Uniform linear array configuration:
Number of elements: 48
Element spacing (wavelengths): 0.25
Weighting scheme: uniform
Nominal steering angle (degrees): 15
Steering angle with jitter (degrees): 16.118
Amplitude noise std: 0.05
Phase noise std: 0.05

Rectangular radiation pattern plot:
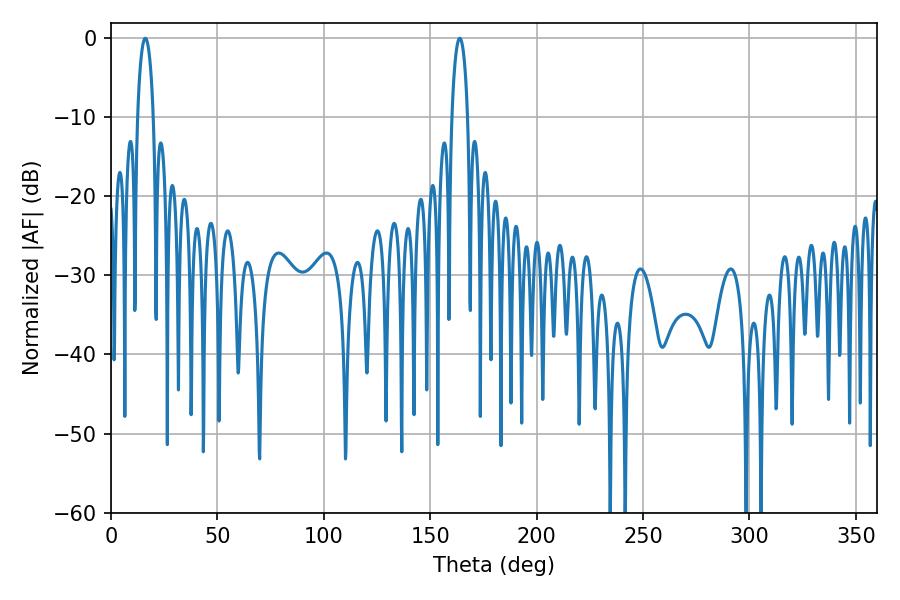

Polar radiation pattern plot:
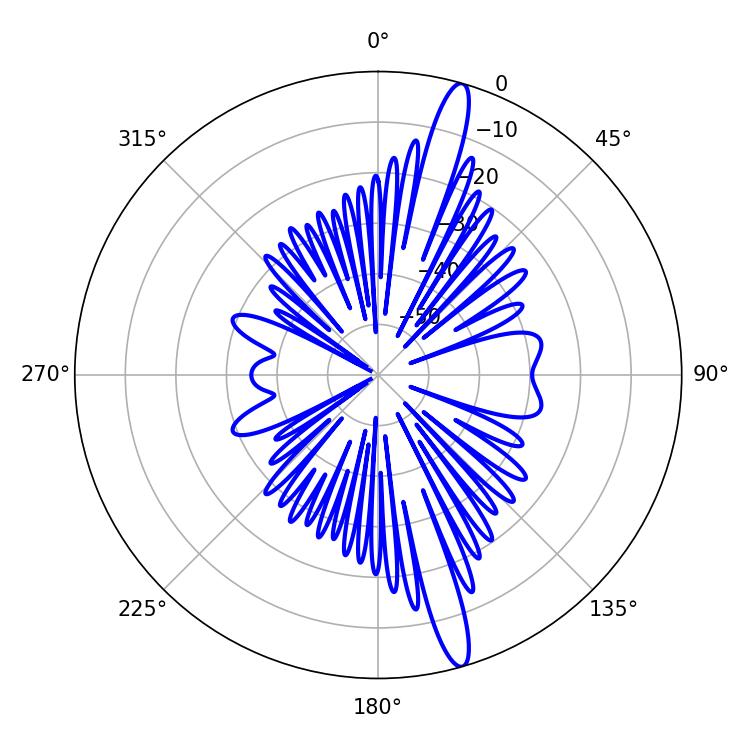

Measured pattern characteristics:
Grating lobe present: FALSE
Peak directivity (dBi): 16.186
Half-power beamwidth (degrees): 4.14
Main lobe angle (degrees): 163.8